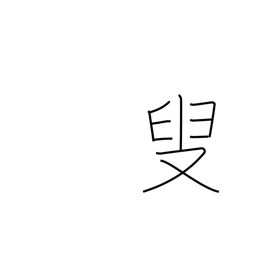
Meaning: old person